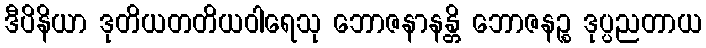
ဒီပိနိယာ ဒုတိယတတိယဝါရေသု ဘောဇနာနန္တိ ဘောဇနဉ္စ ဒုပ္ပညတာယ